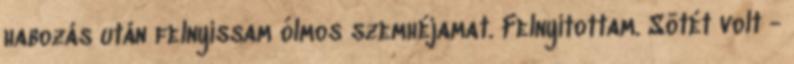
habozás után felnyissam ólmos szemhéjamat. Felnyitottam. Sötét volt -